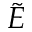
\tilde { E }